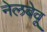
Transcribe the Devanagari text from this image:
नेलबेवू